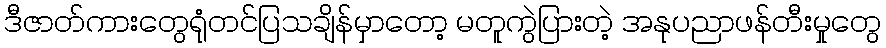
ဒီဇာတ်ကားတွေရုံတင်ပြသချိန်မှာတော့ မတူကွဲပြားတဲ့ အနုပညာဖန်တီးမှုတွေ